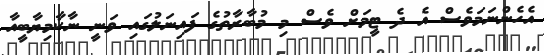
އެހެންނަމަވެސް އެ ދެ ޓީމަށް ވެސް މި މުބާރާތުގެ ފައިނަލުގައި ވަނީ ނާކާމިޔާބީއާ